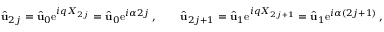
\hat { \mathbf { u } } _ { 2 j } = \hat { \mathbf { u } } _ { 0 } \mathrm { e } ^ { i q X _ { 2 j } } = \hat { \mathbf { u } } _ { 0 } \mathrm { e } ^ { i \alpha 2 j } \, , \qquad \hat { \mathbf { u } } _ { 2 j + 1 } = \hat { \mathbf { u } } _ { 1 } \mathrm { e } ^ { i q X _ { 2 j + 1 } } = \hat { \mathbf { u } } _ { 1 } \mathrm { e } ^ { i \alpha ( 2 j + 1 ) } \, ,